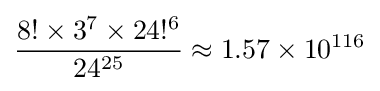
{\frac {8!\times 3^{7}\times 24!^{6}}{24^{25}}}\approx 1.57\times 10^{116}